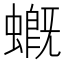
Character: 𧑂